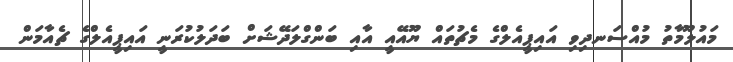
މައުލޫމާތު މުއްސަނދިވި އައިޕީއެލްގެ މެޗުތައް ޔޫއޭއީ އާއި ބަންގްލަދޭޝަށް ބަދަލުކުރަނީ އައިޕީއެލްގެ ޗެއާމަން